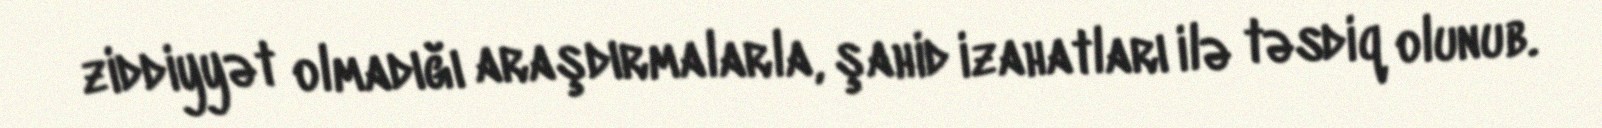
ziddiyyət olmadığı araşdırmalarla, şahid izahatları ilə təsdiq olunub.